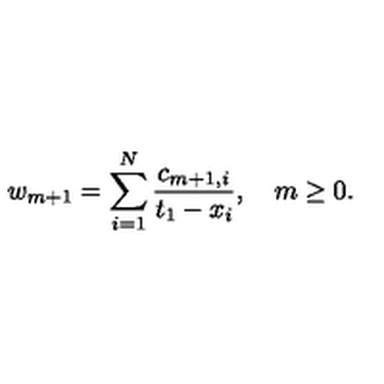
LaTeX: w _ { m + 1 } = \sum _ { i = 1 } ^ { N } { \frac { c _ { m + 1 , i } } { t _ { 1 } - x _ { i } } } , \quad m \ge 0 .